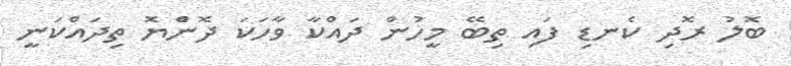
ބޮލު ރޮދި ކެނޑި ފައި ތިބޭ މީހުން ދައްކާ ވާހަކަ ދޮންެޔޮ ތިދައްކަނީ